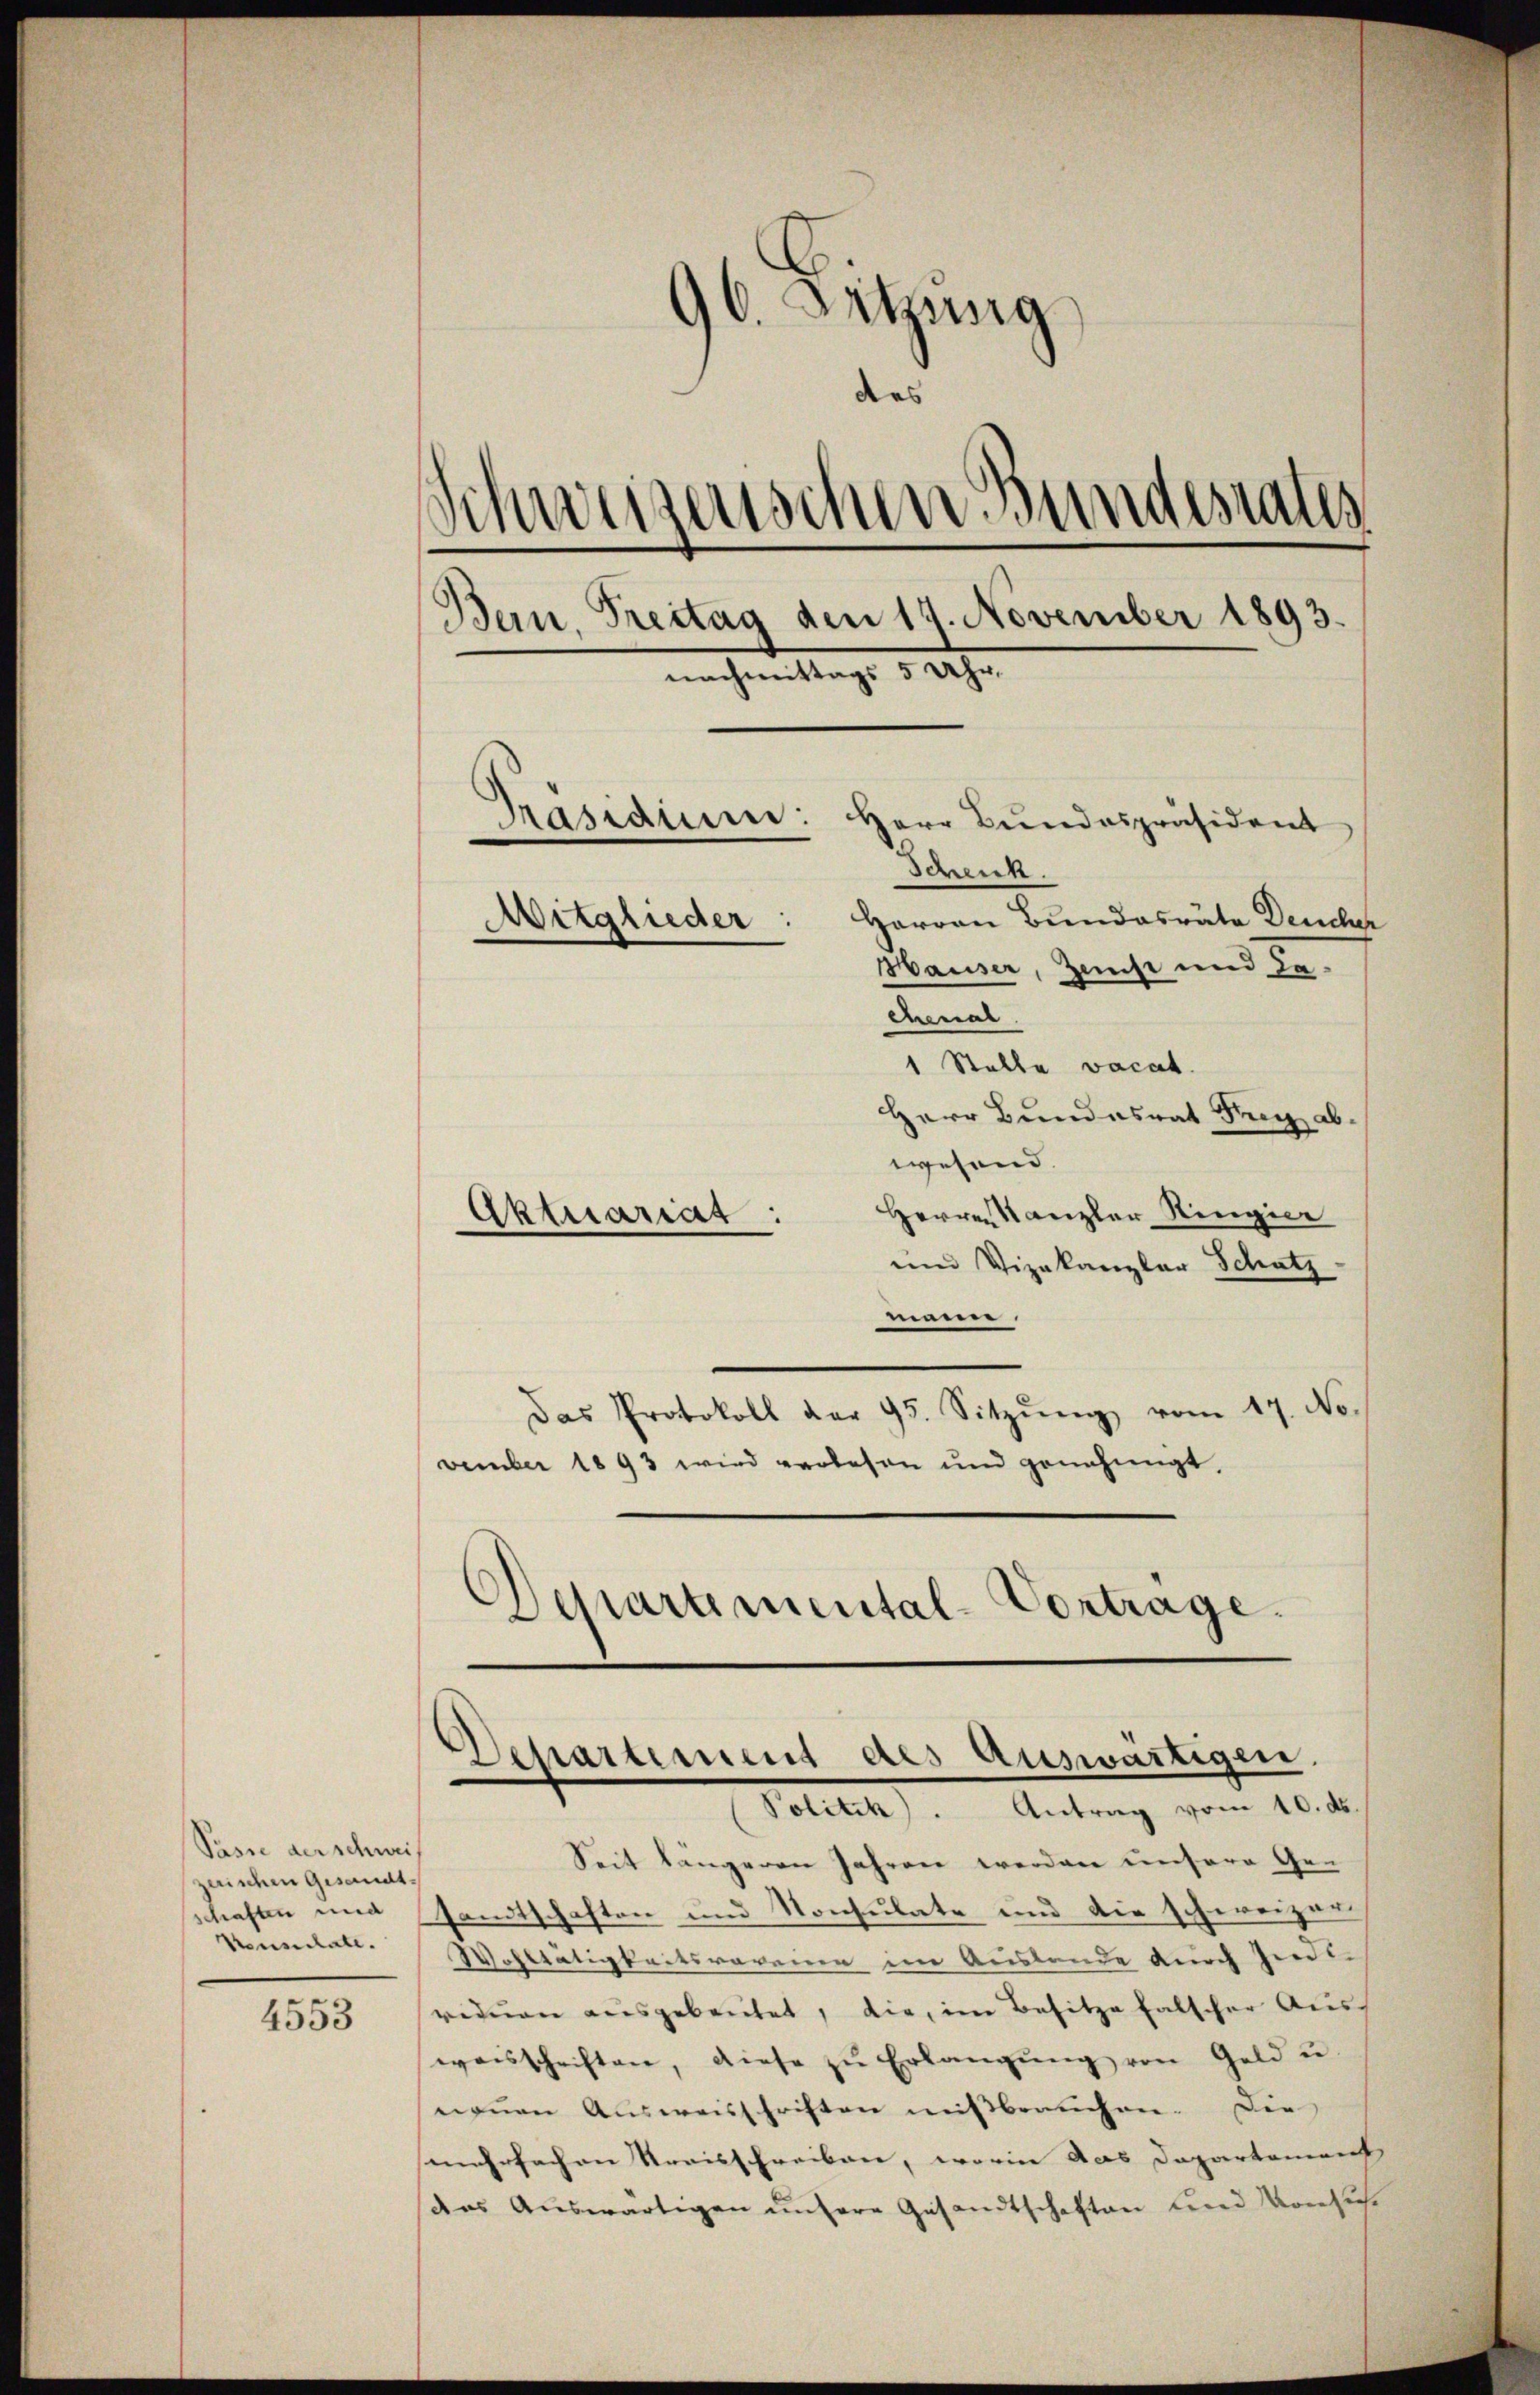
4553

96. Sitzung
des
Schweizerischen Bundesrates
Bern, Treitag den 14. November 1893.
nachmittags 8 Uhr.
Präsidium: Herr Bundespräsident
Schenk
Mitglieder: Herren Bundesräte Deucher
Hauser, Zerst und dachenal

Pasie der schwei
zerischen Gesandt.
Konsulate.

1 Stelle vacat.
Herr Bundesrat Frey abwesend.
Herren Kanzler Ringier
Aktuariat :
und Vizekanzlar Schatz-
en
Das Protokoll der 95. Sitzŭng vom 17. November 1893 wird verlesen und genehmigt,
Departemental-Vortrage.

Dchartement des Auswärtigen.
Politik. Antrag vom 10. ds.

Seit längeren Jahren werden unsere Geschaften und andtschaften und Konsulate und die schweizer
Wohltätigkeitsvereiner im Auslande durch Individuen ausgebreitet, die, im Besitze falscher Aus-
weisschriften, diese zŭ Erlangŭng von Geld u
nonen Ausweisschriften mißbrauchen. Die
mehrfachen Streisschreiben, worin das Departament
das Auswärtigen unsere Gesandtschaften und Vorsich